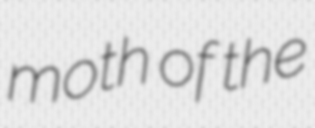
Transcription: moth of the